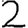
Digit: 2